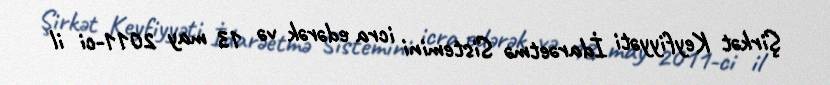
Şirkət Keyfiyyəti İdarəetmə Sistemini icra edərək və 13 may 2011-ci il